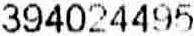
394024495